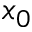
x _ { 0 }